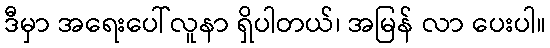
ဒီမှာ အရေးပေါ်လူနာ ရှိပါတယ်၊ အမြန် လာ ပေးပါ။